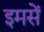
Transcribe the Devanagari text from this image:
इमसें